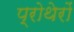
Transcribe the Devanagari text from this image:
प्रोथेरों